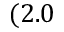
( 2 . 0